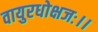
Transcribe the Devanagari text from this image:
वायुरधोक्षजः।।